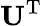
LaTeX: \mathbf{U}^{\mathrm{T}}